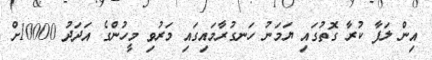
އިން ލަފާ ކުރާ ގޮތުގައި ޔަމަނު ހަނގުރާމައިގައި މަރުވި މީހުންގެ އަދަދު 10000ށް